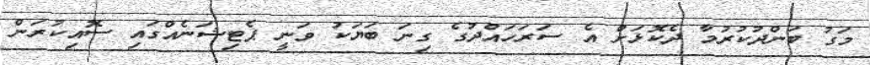
މަގު ބަންދުކުރުމާ ދެކޮޅަށް އެ ސަރަހައްދުގެ ގިނަ ބަޔަކު ވަނީ ޕެޓިޝަނެއްގައި ސޮއިކުރަން